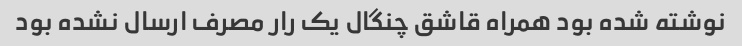
نوشته شده بود همراه قاشق چنگال یک رار مصرف ارسال نشده بود